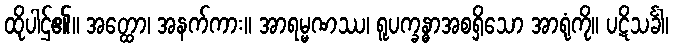
ထိုပါဌ်၏။ အတ္ထော၊ အနက်ကား။ အာရမ္မဏဿ၊ ရူပက္ခန္ဓာအစရှိသော အာရုံကို။ ပဋိသင်္ခါ၊